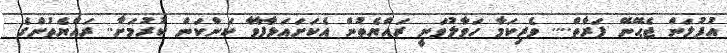
އުފުލަން ޖެޙޭނޭ ފަރާތް.... ވެރިކަމާ ހަވާލުވަނީ ރައްޔެތުން އެކަށައަޅާފާވާ ކަންކަން ކުރުމަށާ.. ރައްޔެތުންގެ